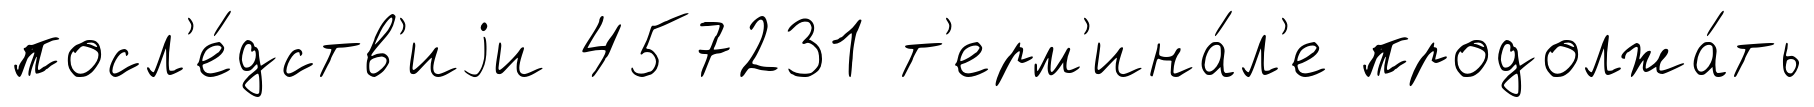
посл'е́дств'иjи 457231 т'ерм'ина́л'е продолжа́ть